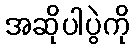
အဆိုပါပွဲကို